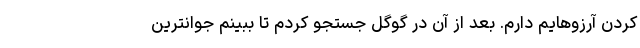
کردن آرزوهایم دارم. بعد از آن در گوگل جستجو کردم تا ببینم جوانترین